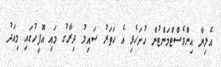
އެލިޔާ އިންވެސްޓްމަންޓުން ހުށަހެޅި އެ ހަތަރު ސައިލު ދިރާގު މައި އޮފީހުގައި މިއަދު